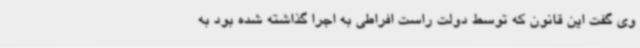
وی گفت این قانون که توسط دولت راست افراطی به اجرا گذاشته شده بود به